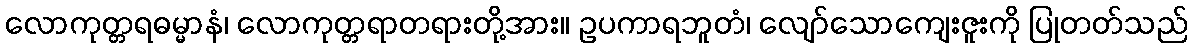
လောကုတ္တရဓမ္မာနံ၊ လောကုတ္တရာတရားတို့အား။ ဥပကာရဘူတံ၊ လျော်သောကျေးဇူးကို ပြုတတ်သည်